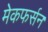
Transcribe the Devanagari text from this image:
मेकफर्सन